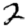
Digit: 2